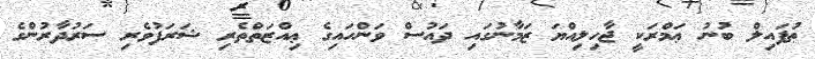
ޠުފައިލް ބުނު ޢަމްރަކީ ޖާހިލިއްޔަ ޒަމާނުގައި ދައުސް ވަންހައިގެ ޢިއްޒަތްތެރި ޝަރަފުވެރި ސަރުދާރުންގެ